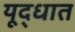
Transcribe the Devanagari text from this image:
यूद्धात